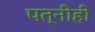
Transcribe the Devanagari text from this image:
पत्‍नीही